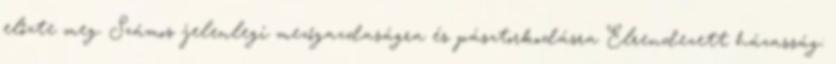
előzte meg. Számos jelenlegi mezőgazdaságra és pásztorkodásra Elrendezett házasság: